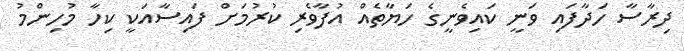
ދިރާސާ ހަދާފައި ވަނީ ކައިވެނީގެ ހަޔާތެއް އުފާވެރި ކުުރުމަށް ފައިސާއަކީ ކިހާ މުހިންމު